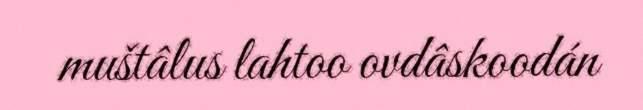
muštâlus lahtoo ovdâskoodán